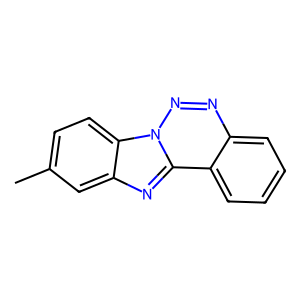
SMILES: Cc1ccc2c(c1)nc1c3ccccc3nnn21
Inhibits HIV replication: No